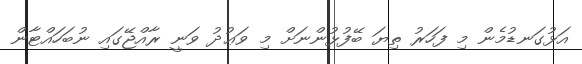
އަޅުގަނޑުމެން މި ފަހަރު ތިޔަ ބޭފުޅުންނަށް މި ވަޢުދު ވަނީ ރާއްޖޭގައި ނުބަހައްޓާން